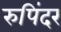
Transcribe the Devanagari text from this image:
रुपिंदर